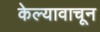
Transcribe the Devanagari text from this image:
केल्यावाचून